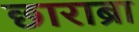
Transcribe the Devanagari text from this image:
छाराब्रा